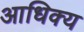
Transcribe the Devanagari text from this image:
आधिक्‍य